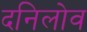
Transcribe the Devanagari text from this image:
दनिलोव